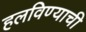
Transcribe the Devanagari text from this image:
हलविण्याची